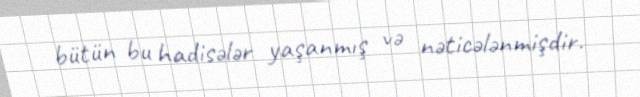
bütün bu hadisələr yaşanmış və nəticələnmişdir.